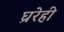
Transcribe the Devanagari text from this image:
घ्ररेही